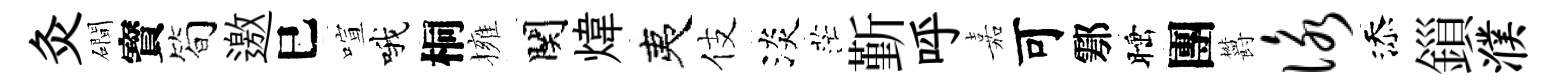
灸磵寳简邀巳喧哦桐擁関煒夷伎淡茫斳呼嘉可鄠睡團欝咏添鎻濮